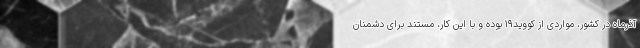
آذرماه در کشور، مواردی از کووید۱۹ بوده و با این کار، مستند برای دشمنان